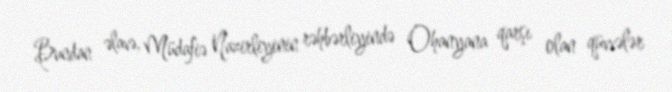
Bundan əlavə, Müdafiə Nazirliyinin rəhbərliyində Ohanyana qarşı olan qüvvələr